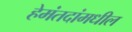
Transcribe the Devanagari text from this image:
हेमंतदांमधील